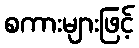
စကားများဖြင့်